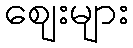
ဈေးများ